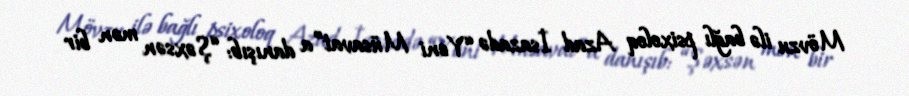
Mövzu ilə bağlı psixoloq Azad İsazadə “Yeni Müsavat”a danışıb: “Şəxsən mən bir